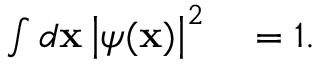
\begin{array} { r l } { \int d \mathbf { x } \left| \psi ( \mathbf { x } ) \right| ^ { 2 } } & { { } = 1 . } \end{array}